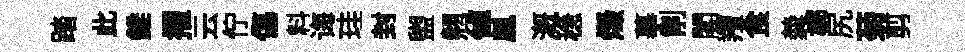
踏此錐擢云佇傷料诲珪封盥翹倬鳳溉稳燬摹削閣羶食羮槨尻菊剪